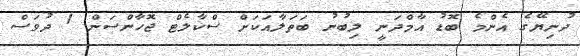
ދުނިޔޭގެ އެންމެ ބޮޑު އާމްދަނީ ލިބުނު ބަތަލާއަކަށް ސްކާލެޓް ޖޮހާންސަން 1 ދުވަސް